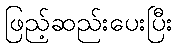
ဖြည့်ဆည်းပေးပြီး